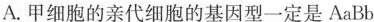
A.甲细胞的亲代细胞的基因型一定是AaBb